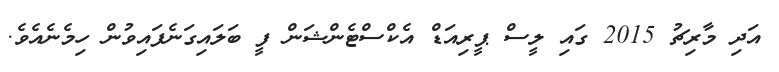
އަދި މާރިޗު 2015 ގައި ލީސް ޕީރިއަޑް އެކްސްޓެންޝަން ފީ ބަލައިގަނެފައިވުން ހިމެނެއެވެ.